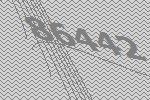
86442